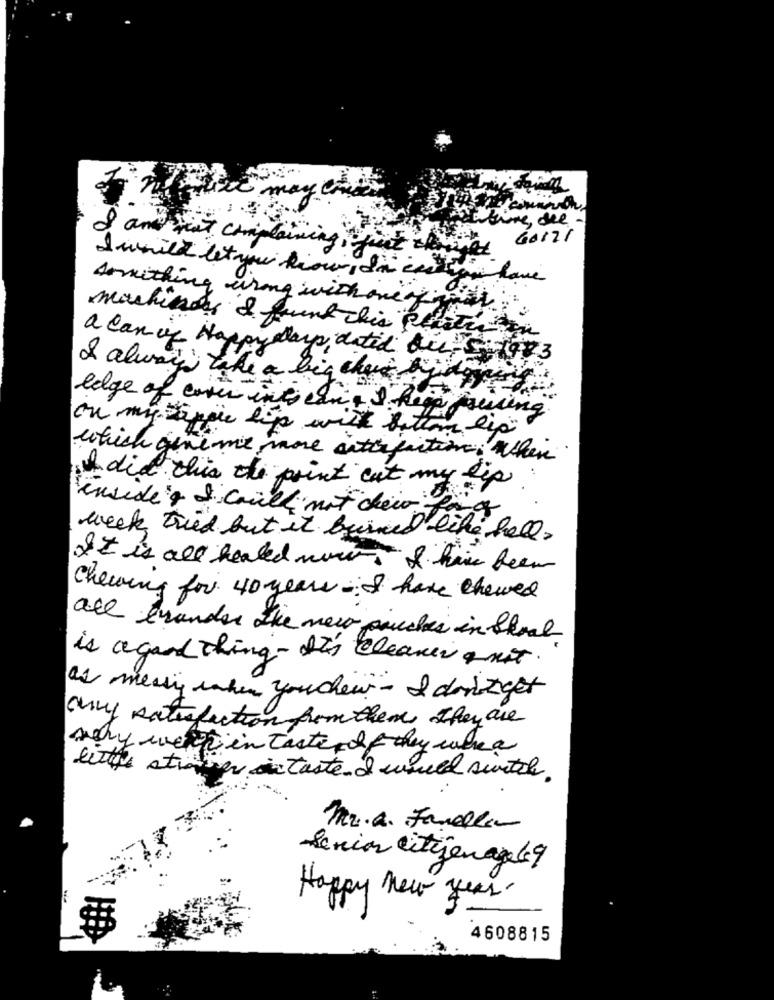
Estive, dee.
8 ans seat complains
I will let you know, di ces ion have
something wrong with one of
machines & found this austin
a canin Happy Days datid dies
3
& always take a big chave kids
edge of cover ing
it can , I heop pressing
on my apple lip with buttom lip
which gene me more arterfuitime. when
did this the point cat my lip
inside & I could not cheio for
week tried but it burned like hell .
It is all healed now & him been
Chewing for 40 years . I have chewed
all erunder the new pouches in Shoal
is agood thing- A's cleaner amit.
as messig when you chevr - I dontget
any satisfaction from them they are
very well in taste of they were a
traver on taste. I would switch
Mr.a. Favella
Senior citizen age 69
Happy new year.
4608815